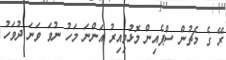
ރޭ ގެ މެޗުން ސްޕެއިން މޮޅުވިއިރު އަންނަ މަހު ނުވަ ވަނަ ދުވަހު